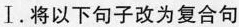
Ⅰ.将以下句子改为复合句